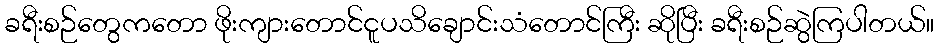
ခရီးစဉ်တွေကတော ဖိုးကျားတောင်ငူပသိချောင်းသံတောင်ကြီး ဆိုပြီး ခရီးစဉ်ဆွဲကြပါတယ်။